Annual report of the Punjab Veterinary College and of the Civil Veterinary Department, Punjab - 1920-1925
Year: 1920
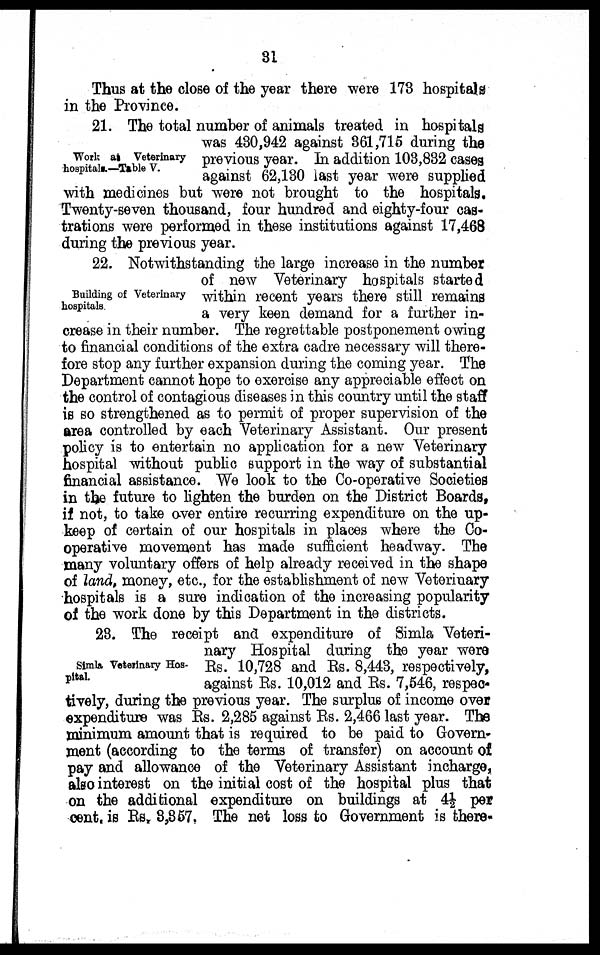
31
Thus at the close of the year there were 173 hospitals
in the Province.
Work at Veterinary
hospitals.—Table V.
21. The total number of animals treated in hospitals
was 430,942 against 361,715 during the
previous year. In addition 103,832 cases
against 62,130 last year were supplied
with medicines but were not brought to the hospitals.
Twenty-seven thousand, four hundred and eighty-four cas-
trations were performed in these institutions against 17,468
during the previous year.
Building of Veterinary
hospitals.
22. Notwithstanding the large increase in the number
of new Veterinary hospitals started
within recent years there still remains
a very keen demand for a further in-
crease in their number. The regrettable postponement owing
to financial conditions of the extra cadre necessary will there-
fore stop any further expansion during the coming year. The
Department cannot hope to exercise any appreciable effect on
the control of contagious diseases in this country until the staff
is so strengthened as to permit of proper supervision of the
area controlled by each Veterinary Assistant. Our present
policy is to entertain no application for a new Veterinary
hospital without public support in the way of substantial
financial assistance. We look to the Co-operative Societies
in the future to lighten the burden on the District Boards,
if not, to take over entire recurring expenditure on the up-
keep of certain of our hospitals in places where the Co-
operative movement has made sufficient headway. The
many voluntary offers of help already received in the shape
of land, money, etc., for the establishment of new Veterinary
hospitals is a sure indication of the increasing popularity
of the work done by this Department in the districts.
Simla Veterinary Hos-
pital.
23. The receipt and expenditure of Simla Veteri-
nary Hospital during the year were
Rs. 10,728 and Rs. 8,443, respectively,
against Rs. 10,012 and Rs. 7,546, respec-
tively, during the previous year. The surplus of income over
expenditure was Rs. 2,285 against Rs. 2,466 last year. The
minimum amount that is required to be paid to Govern-
ment (according to the terms of transfer) on account of
pay and allowance of the Veterinary Assistant incharge,
also interest on the initial cost of the hospital plus that
on the additional expenditure on buildings at 4½ per
cent, is Rs. 3,357. The net loss to Government is there-